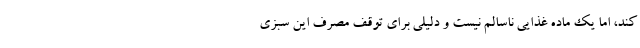
کند، اما یک ماده غذایی ناسالم نیست و دلیلی برای توقف مصرف این سبزی